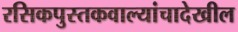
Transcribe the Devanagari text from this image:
रसिकपुस्तकवाल्यांचादेखील